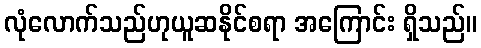
လုံလောက်သည်ဟုယူဆနိုင်စရာ အကြောင်း ရှိသည်။